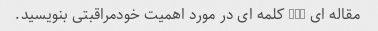
مقاله ای 300 کلمه ای در مورد اهمیت خودمراقبتی بنویسید.